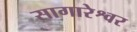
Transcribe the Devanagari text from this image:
सागारेश्वर